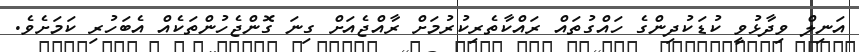
އަނިލް ވިދާޅުވީ ކުޑަކުދިންގެ ހައްގުތައް ރައްކާތެރިކުރުމަށް ރާއްޖެއަށް ގިނަ ގޮންޖެހުންތަކެއް އެބަހުރި ކަމަށެވެ.